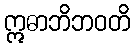
ဣဓာဘိဘဝတိ